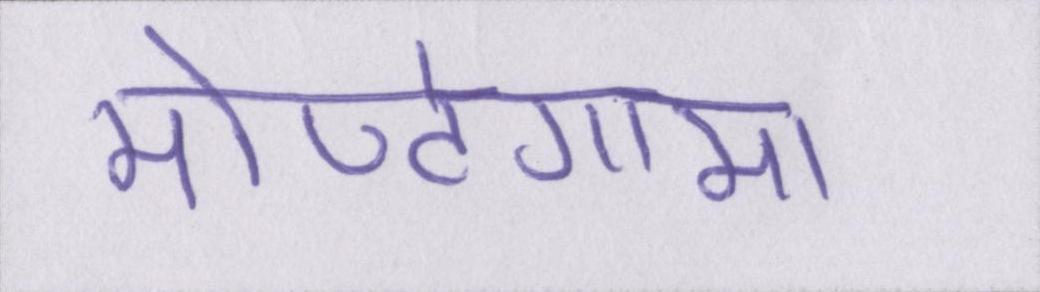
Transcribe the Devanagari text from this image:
मोण्टेगामा